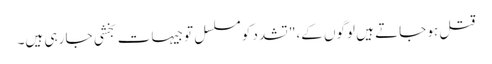
قتل ہو جاتے ہیں لوگوں کے،" تشدد کو مسلسل توجیہات بخشی جا رہی ہیں۔